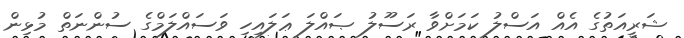
ޝަރީއަތުގެ އެއް އަސްލު ކަމަށްވާ ރަސޫލު ޞައްލަ ޢަލައިހި ވަސައްލަމްގެ ސުންނަތް މުޅިން